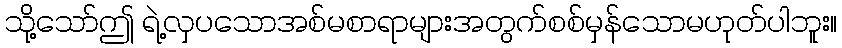
သို့သော်ဤ ရဲ့လှပသောအစ်မစာရာများအတွက်စစ်မှန်သောမဟုတ်ပါဘူး။